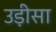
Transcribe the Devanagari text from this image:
उड़़ीसा